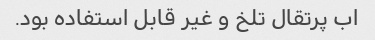
اب پرتقال تلخ و غیر قابل استفاده بود.